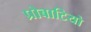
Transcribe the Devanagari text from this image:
प्रोबाटियो